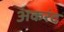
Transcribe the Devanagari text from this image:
अकरंद